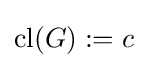
\mathrm {cl} (G):=c